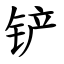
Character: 铲